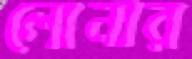
লোনার